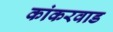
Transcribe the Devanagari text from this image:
कांकरवाड